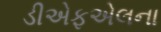
ડીએફએલના